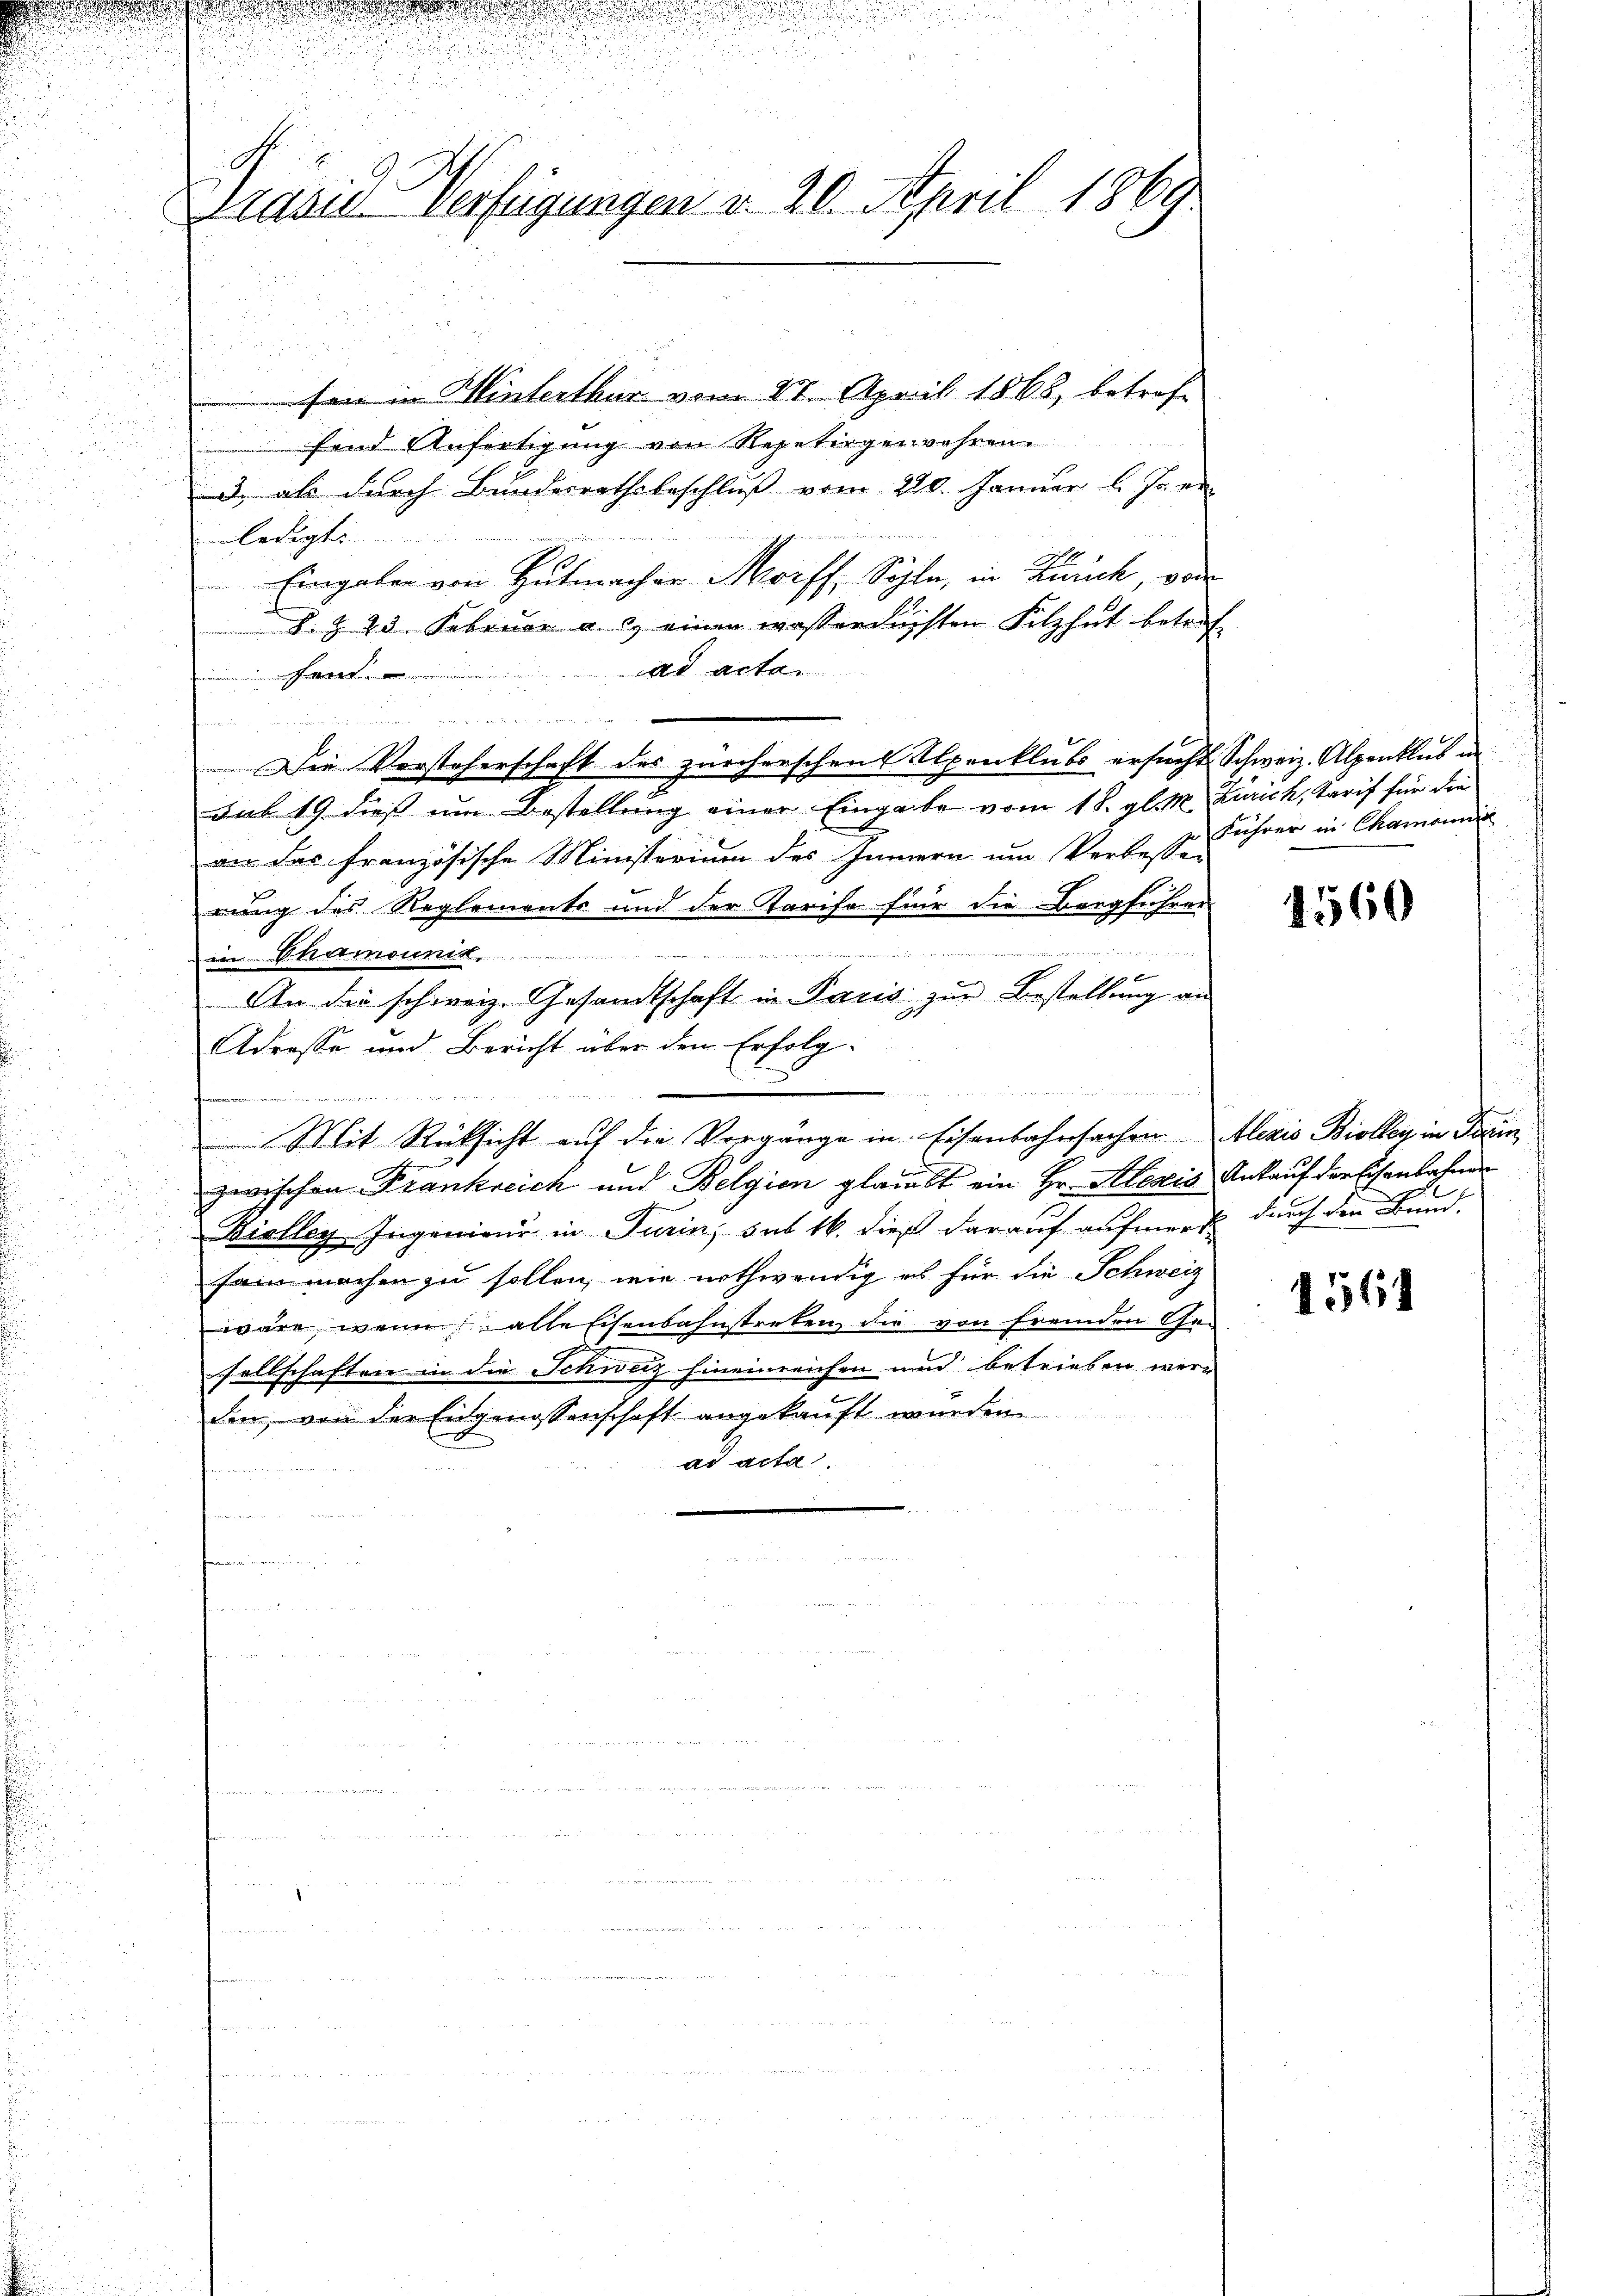
d

1

d

.

G
Präsid. Verfügungen u. 20. April 1869.

han in Hinterthur vom 24. April 1868, betroffend Anfertigung von Repetiegenwahren
3 als durch Bundesrathsbeschluß vom 220. Januar l. Js. en
ledigte
 Eingaben von Hutmacher Morff, Sohle, in Zürich, vor
B. § 23. Februar a. c. einen wasserrichten Filzhut betref
ad acta.
t

Die Versteherschaft des zürcherschen Alpenklubs ersucht Schweiz. Alpenklus an
sub 19 dieß um Bestellung einer Eingabe vom 18. gl. M. Zürich, Tarif für die
an das französische Ministerium des Innern um Verbesser
rung des Reglements und der Tarife für die Bergführer

in Chamounik
An die schweiz. Gesandtschaft in Paris zur Bestellung an
Adresse und Bericht über dem Erfolg-
u
Mit Rücksicht auf die Vorgänge in Eisenbahnsachen Alexis Biollen in Ferin,
zwischen Frankreich und Belgien glaubt ein Hr. Alexis Ankauf der Eisenbahnen
Violleg, Ingenieur in Turin, sub 16. dieß darauf aufmerk durch den Bund.
sain machen zu sollen, wie nothwendig es für die Schweiz
wäre, wenn alle Eisenbahnsterken, die von fremden Ge-
sellschaften in die Schweiz hineinreichen und betrieben werden, von der Eidgenossenschaft angekauft wurden.
ad acta.
n

Führer in Chamonii

4560

1561